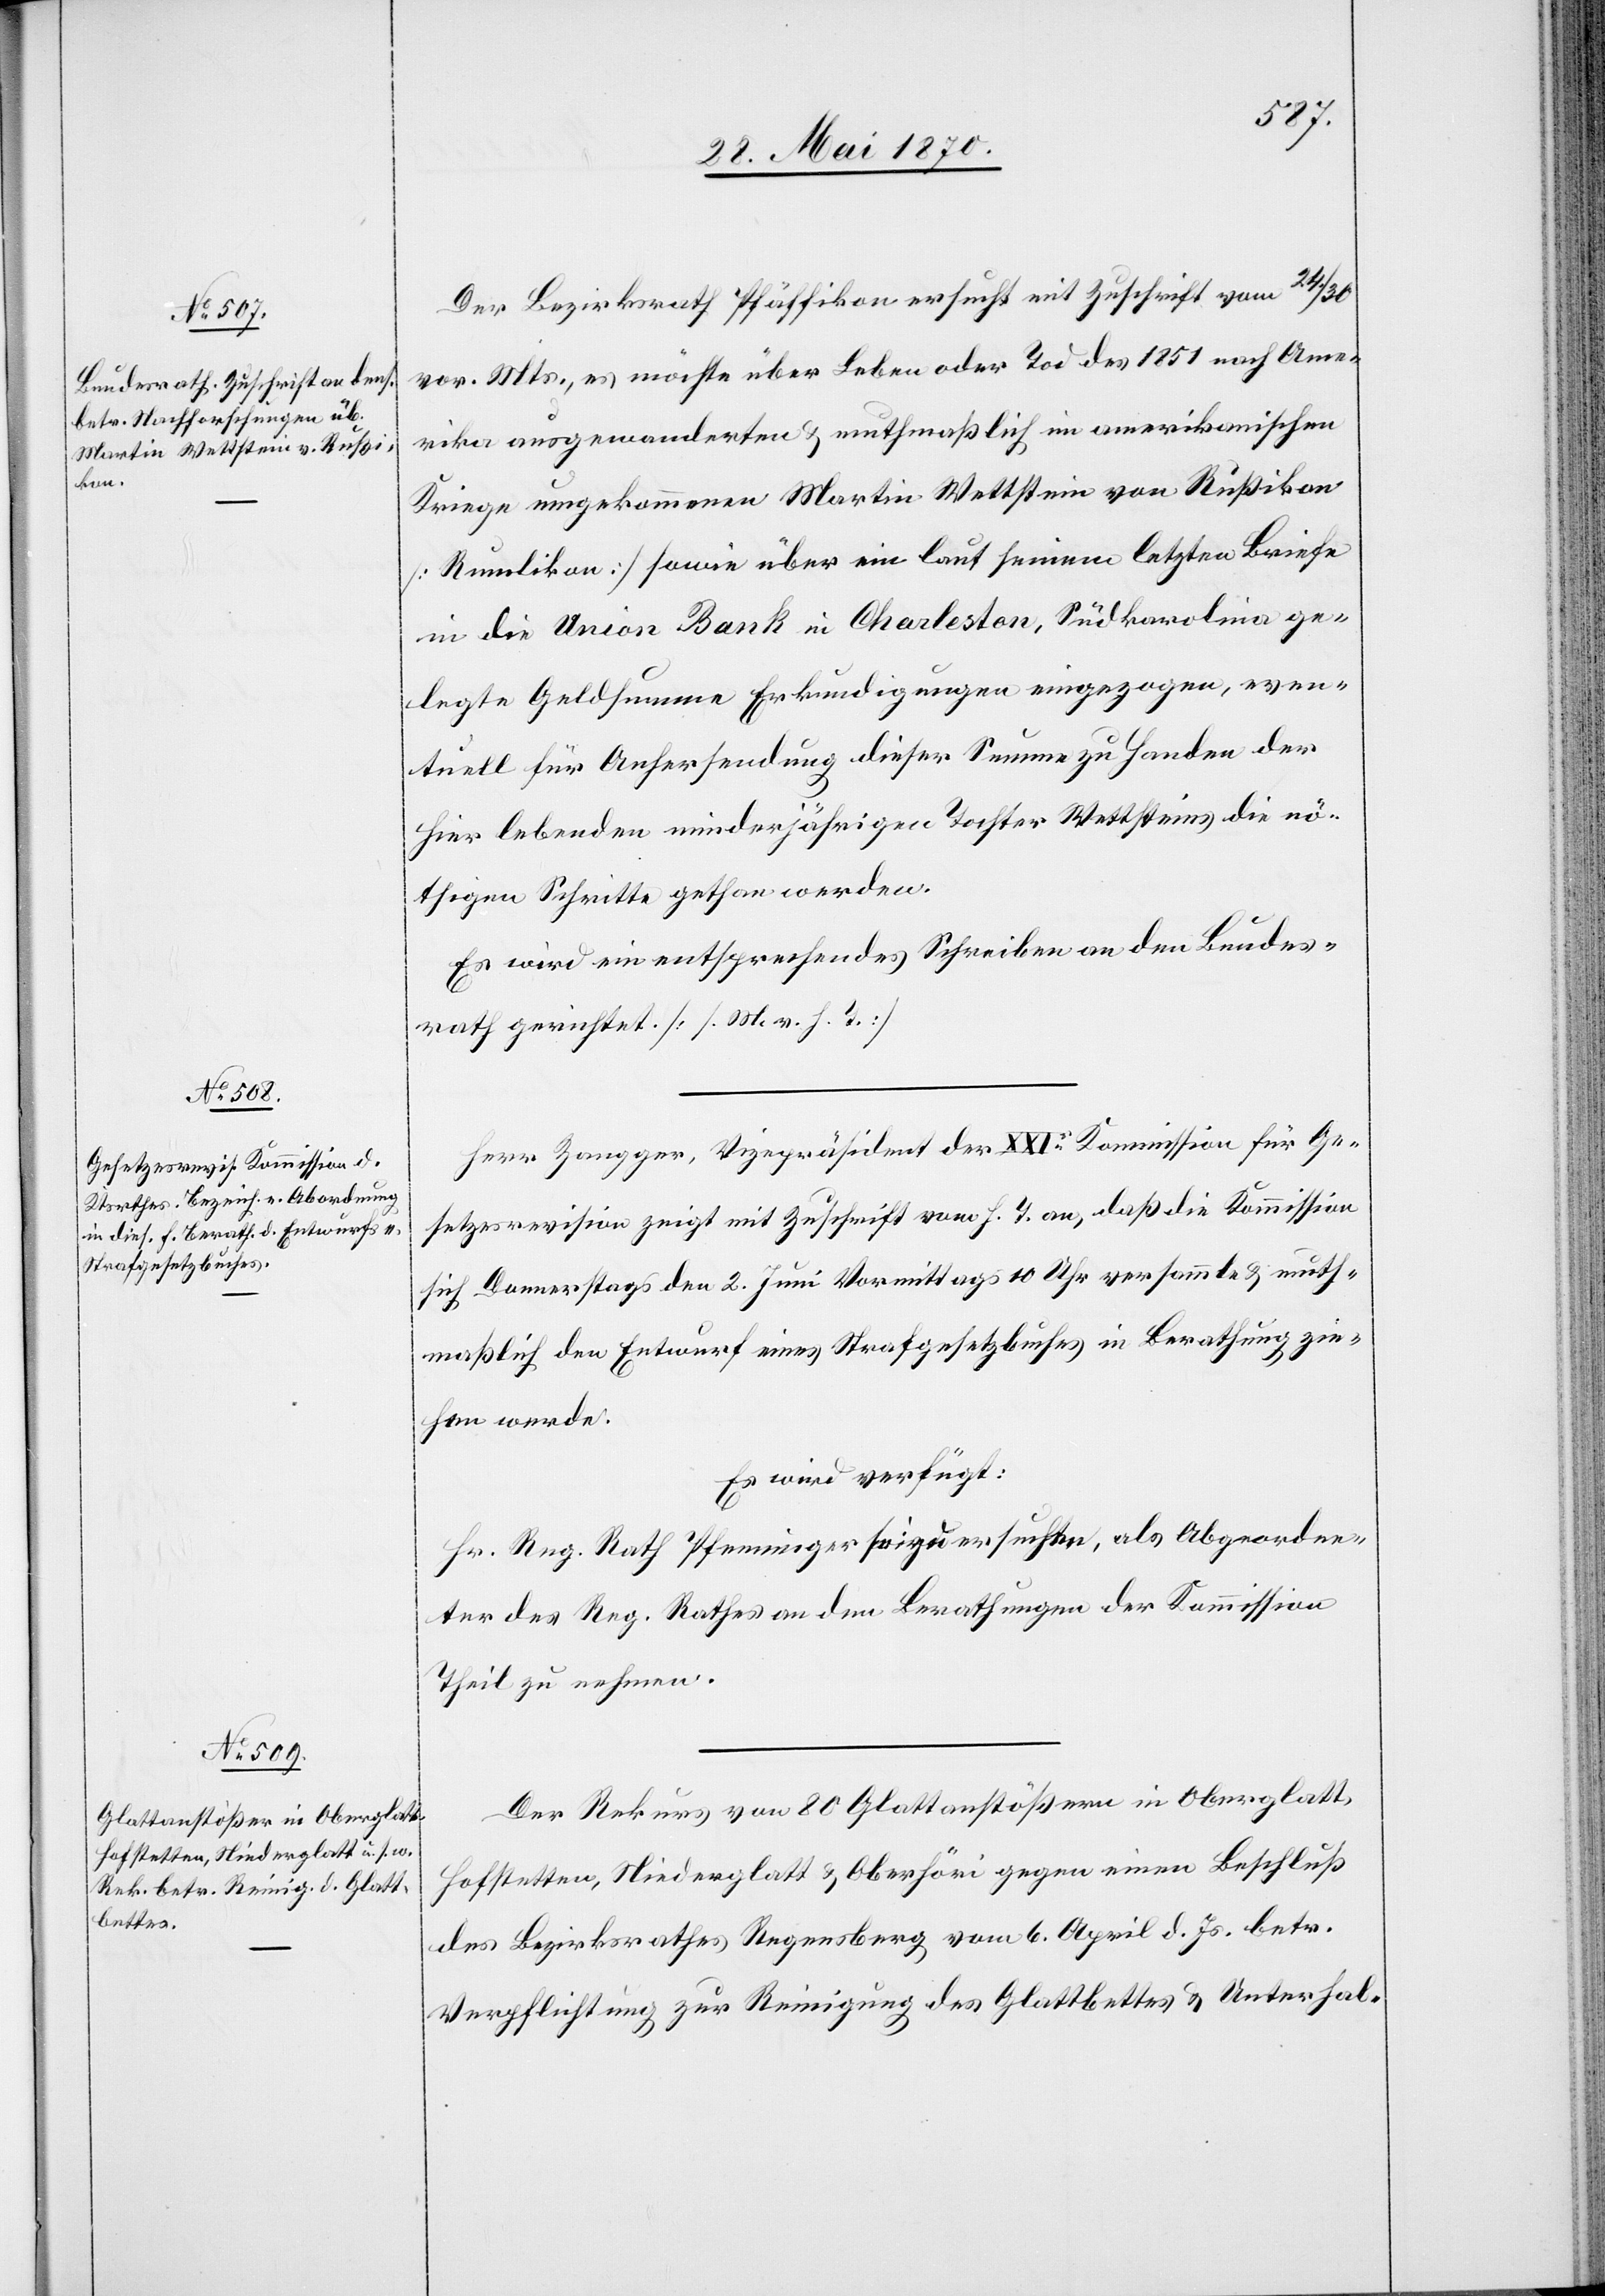
1. Juni 1870.]
Der Bezirksrath Pfäffikon ersucht mit Zuschrift vom 24./30.
vor. Mts., es möchte über Leben oder Tod des 1851 nach Ame¬
rika ausgewanderten & muthmaßlich im amerikanischen
Kriege umgekommenen Martin Wettstein von Rußikon
[Rumlikon] sowie über ein laut seinem letzten Briefe
in die Union Bank in Charleston, Südkarolina ge¬
legte Geldsumme Erkundigungen eingezogen, even¬
tuell für Anhersendung dieser Summe zu Handen der
hier lebenden minderjährigen Tochter Wettsteins die nö¬
thigen Schritte gethan werden.
Es wird ein entsprechendes Schreiben an den Bundes¬
rath gerichtet. [M. v. h. T.]
Herr Zangger, Vizepräsident der XXI. Kommission für Ge¬
setzesrevision zeigt mit Zuschrift vom h. T. an, daß die Kommission
sich Donnerstags den 2. Juni Vormittags 10 Uhr versammle & muth¬
maßlich den Entwurf eines Strafgesetzbuches in Berathung zie¬
hen werde.
Der Rekurs von 80 Glattanstößern in Oberglatt,
Hofstetten, Niederglatt & Oberhöri gegen einen Beschluß
des Bezirksrathes Regensberg vom 6. April d. Js. betr.
Verpflichtung zur Reinigung des Glattbettes & Unterhal-